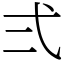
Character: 弍